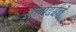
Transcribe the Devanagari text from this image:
ओगदेईने